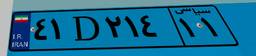
۹۵D۶۸۱۴۷